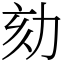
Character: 劾